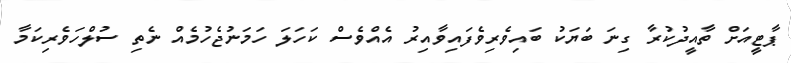
ޕާޓީއަށް ތާއީދުކުރާ ގިނަ ބަޔަކު ބައިވެރިވެފައިވާއިރު އެއްވެސް ކަހަލަ ހަމަނުޖެހުމެއް ނެތި ސުލްހަވެރިކަމާ